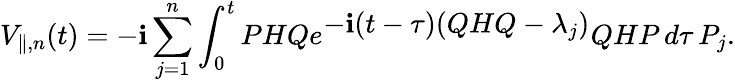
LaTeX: V_{\parallel,n}(t)=-\mathbf{i}\sum_{j=1}^{n}\int_{0}^{t}PHQe^{\textstyle-\mathbf{i}(t-\tau)(QHQ-{\lambda}_{j})}QHP\, d\tau\, P_{j}.